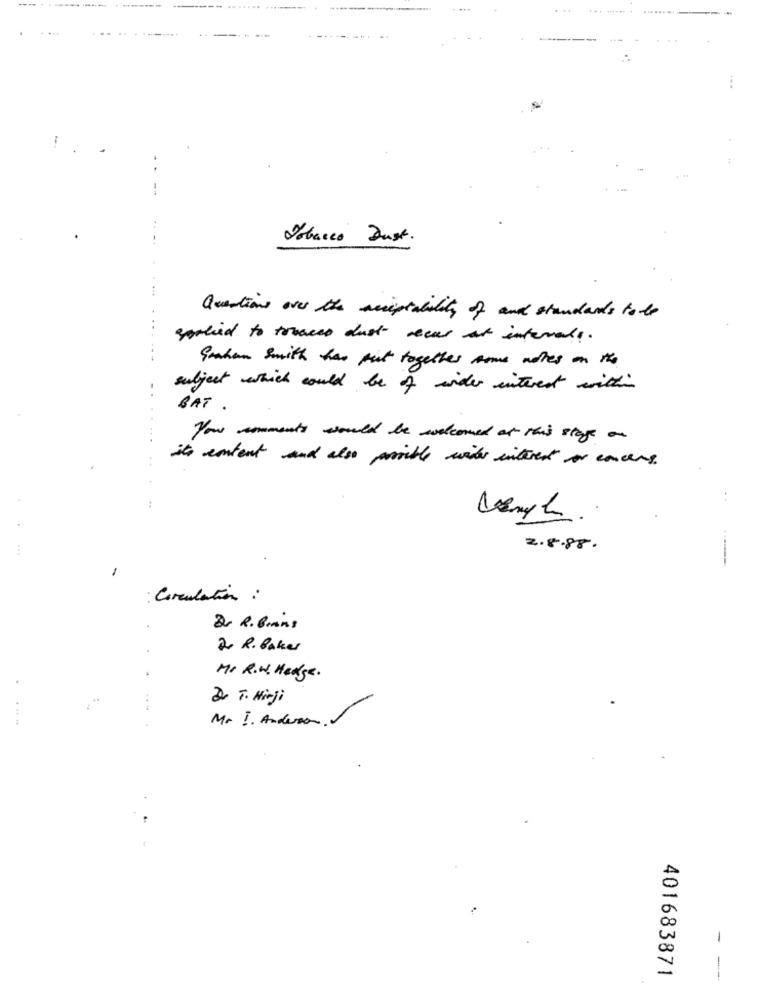
-------
Tobacco Dust.
Questions over the scriptability of and standards to be
applied to traces dust vecur at intervals.
Smahan smith has put together some notes on the
subject which could be of wider interest with
BAT .
Your comments would be welcomed at this stage on
its content and also possible with interest or cancers
2.8.88.
1
: Circulation :
Dr R. Brans
2 R. laker
Mr R.W. Hedge.
Dr T. Minji
Mr !. Andersa.
-
401683871
--